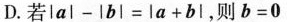
D.若$$\left | a \right | - \left | b \right | =\left | a + b \right |$$，则$$b = 0$$